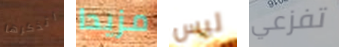
اتذكرها مزيدا ليس تفزعي